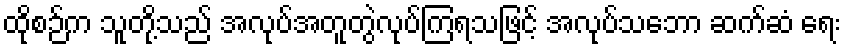
ထိုစဉ်က သူတို့သည် အလုပ်အတူတွဲလုပ်ကြရသဖြင့် အလုပ်သဘော ဆက်ဆံ ရေး